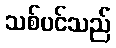
သစ်ပင်သည်